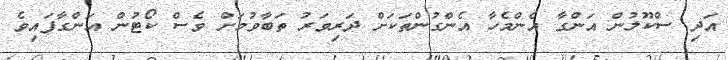
އަދި ސްކޫލުން އަންގާ އެންމެހާ އެންގުންތަކަށް ދަރިވަރު ތަބާވުމަށް ވެސް ކޯޓުން އަންގާފައިވެ